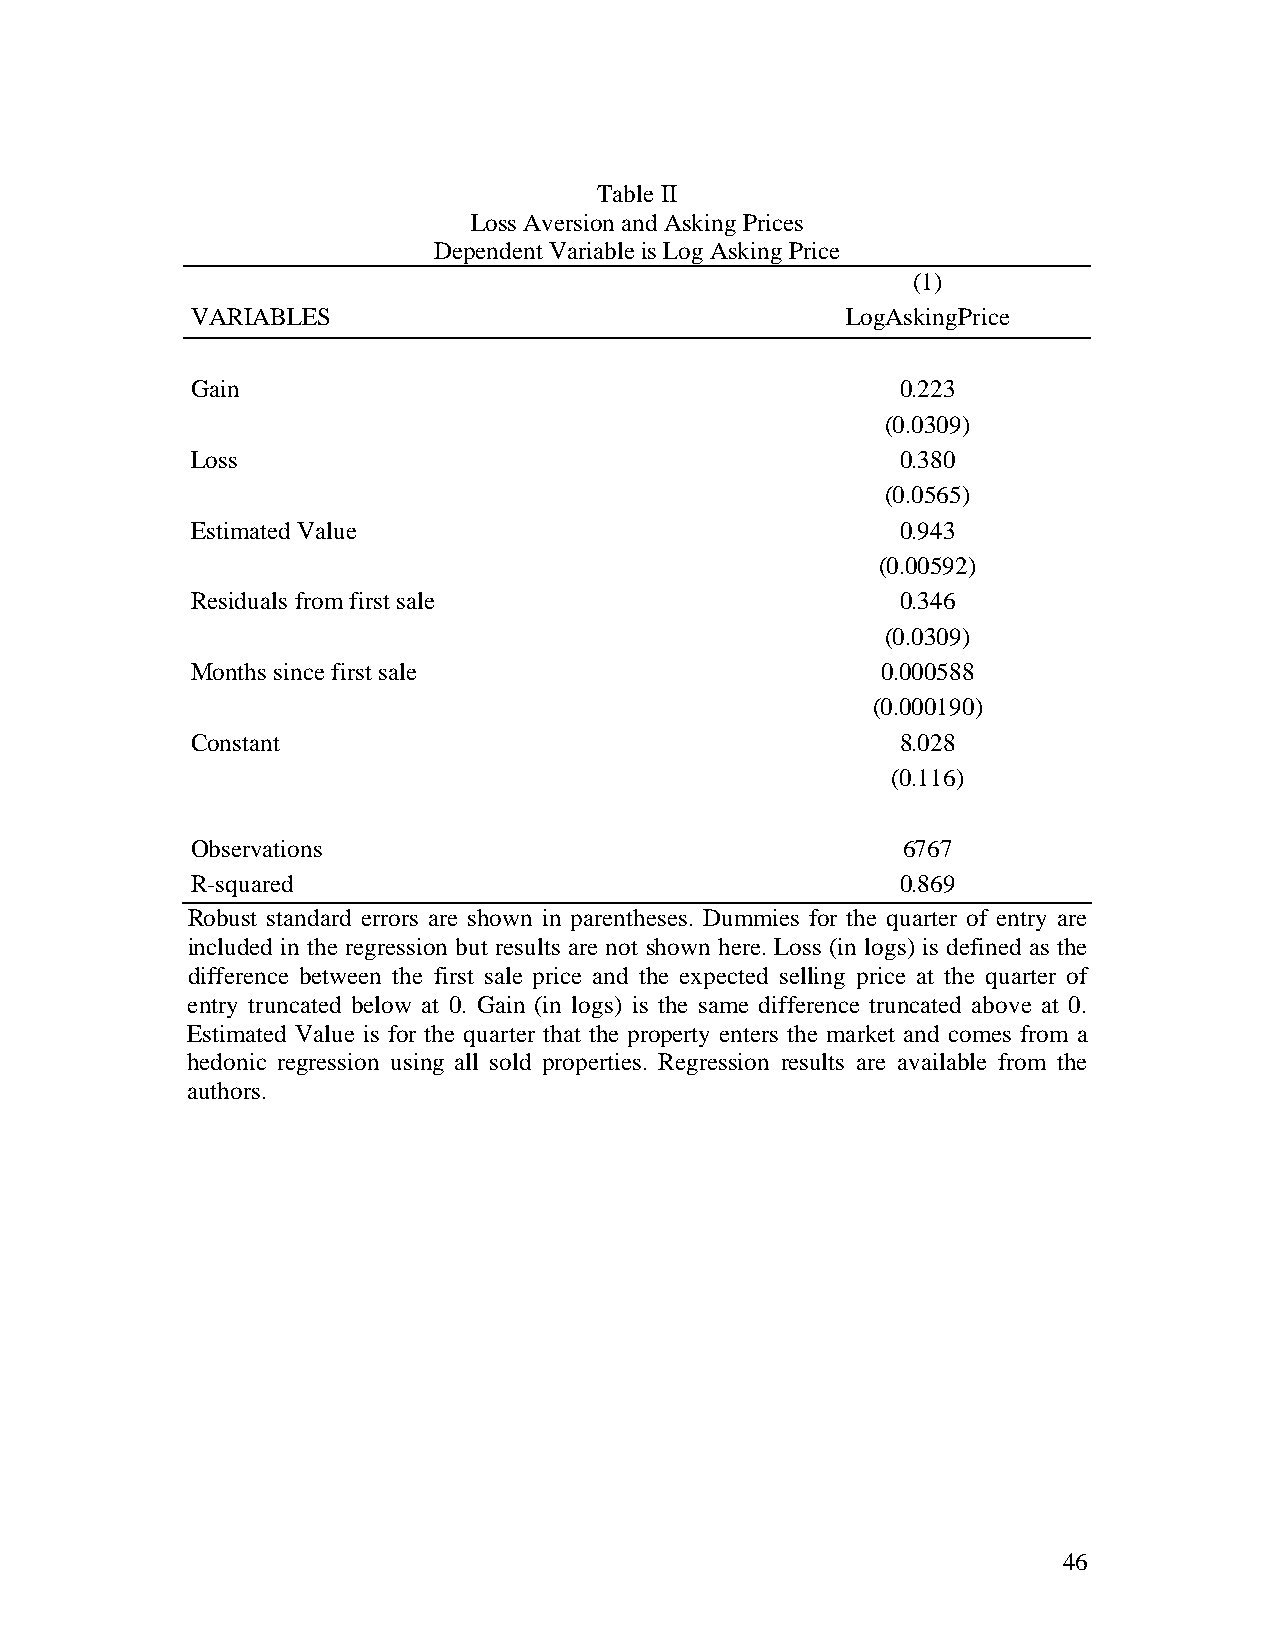
Table II
 Loss Aversion and Asking Prices
 Dependent Variable is Log Asking Price
 (1)
 VARIABLES                                  LogAskingPrice
 Gain                                           0.223
 (0.0309)
 Loss                                           0.380
 (0.0565)
 Estimated Value                                0.943
 (0.00592)
 Residuals from first sale                      0.346
 (0.0309)
 Months since first sale                      0.000588
 (0.000190)
 Constant                                       8.028
 (0.116)
 Observations                                   6767
 R-squared                                      0.869
 Robust standard errors are shown in parentheses. Dummies for the quarter of entry are
 included in the regression but results are not shown here. Loss (in logs) is defined as the
 difference between the first sale price and the expected selling price at the quarter of
 entry truncated below at 0. Gain (in logs) is the same difference truncated above at 0.
 Estimated Value is for the quarter that the property enters the market and comes from a
 hedonic regression using all sold properties. Regression results are available from the
 authors.
 46